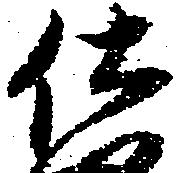
仕